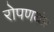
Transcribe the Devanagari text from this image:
रोपणयंत्र